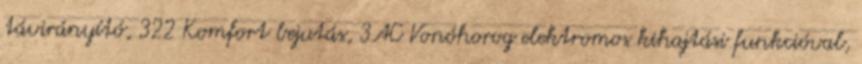
távirányító, 322 Komfort bejutás, 3AC Vonóhorog elektromos kihajtási funkcióval,